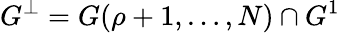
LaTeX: G^{\perp}=G(\rho+1,\ldots,N)\cap G^{1}